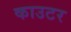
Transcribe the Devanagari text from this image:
काउटर